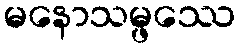
မနောသမ္ဖဿေ